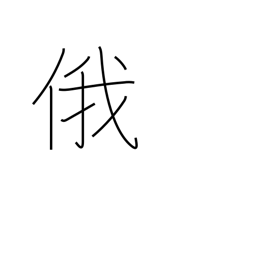
Meaning: abrupt